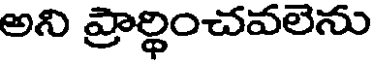
అని ప్రార్థించవలెను